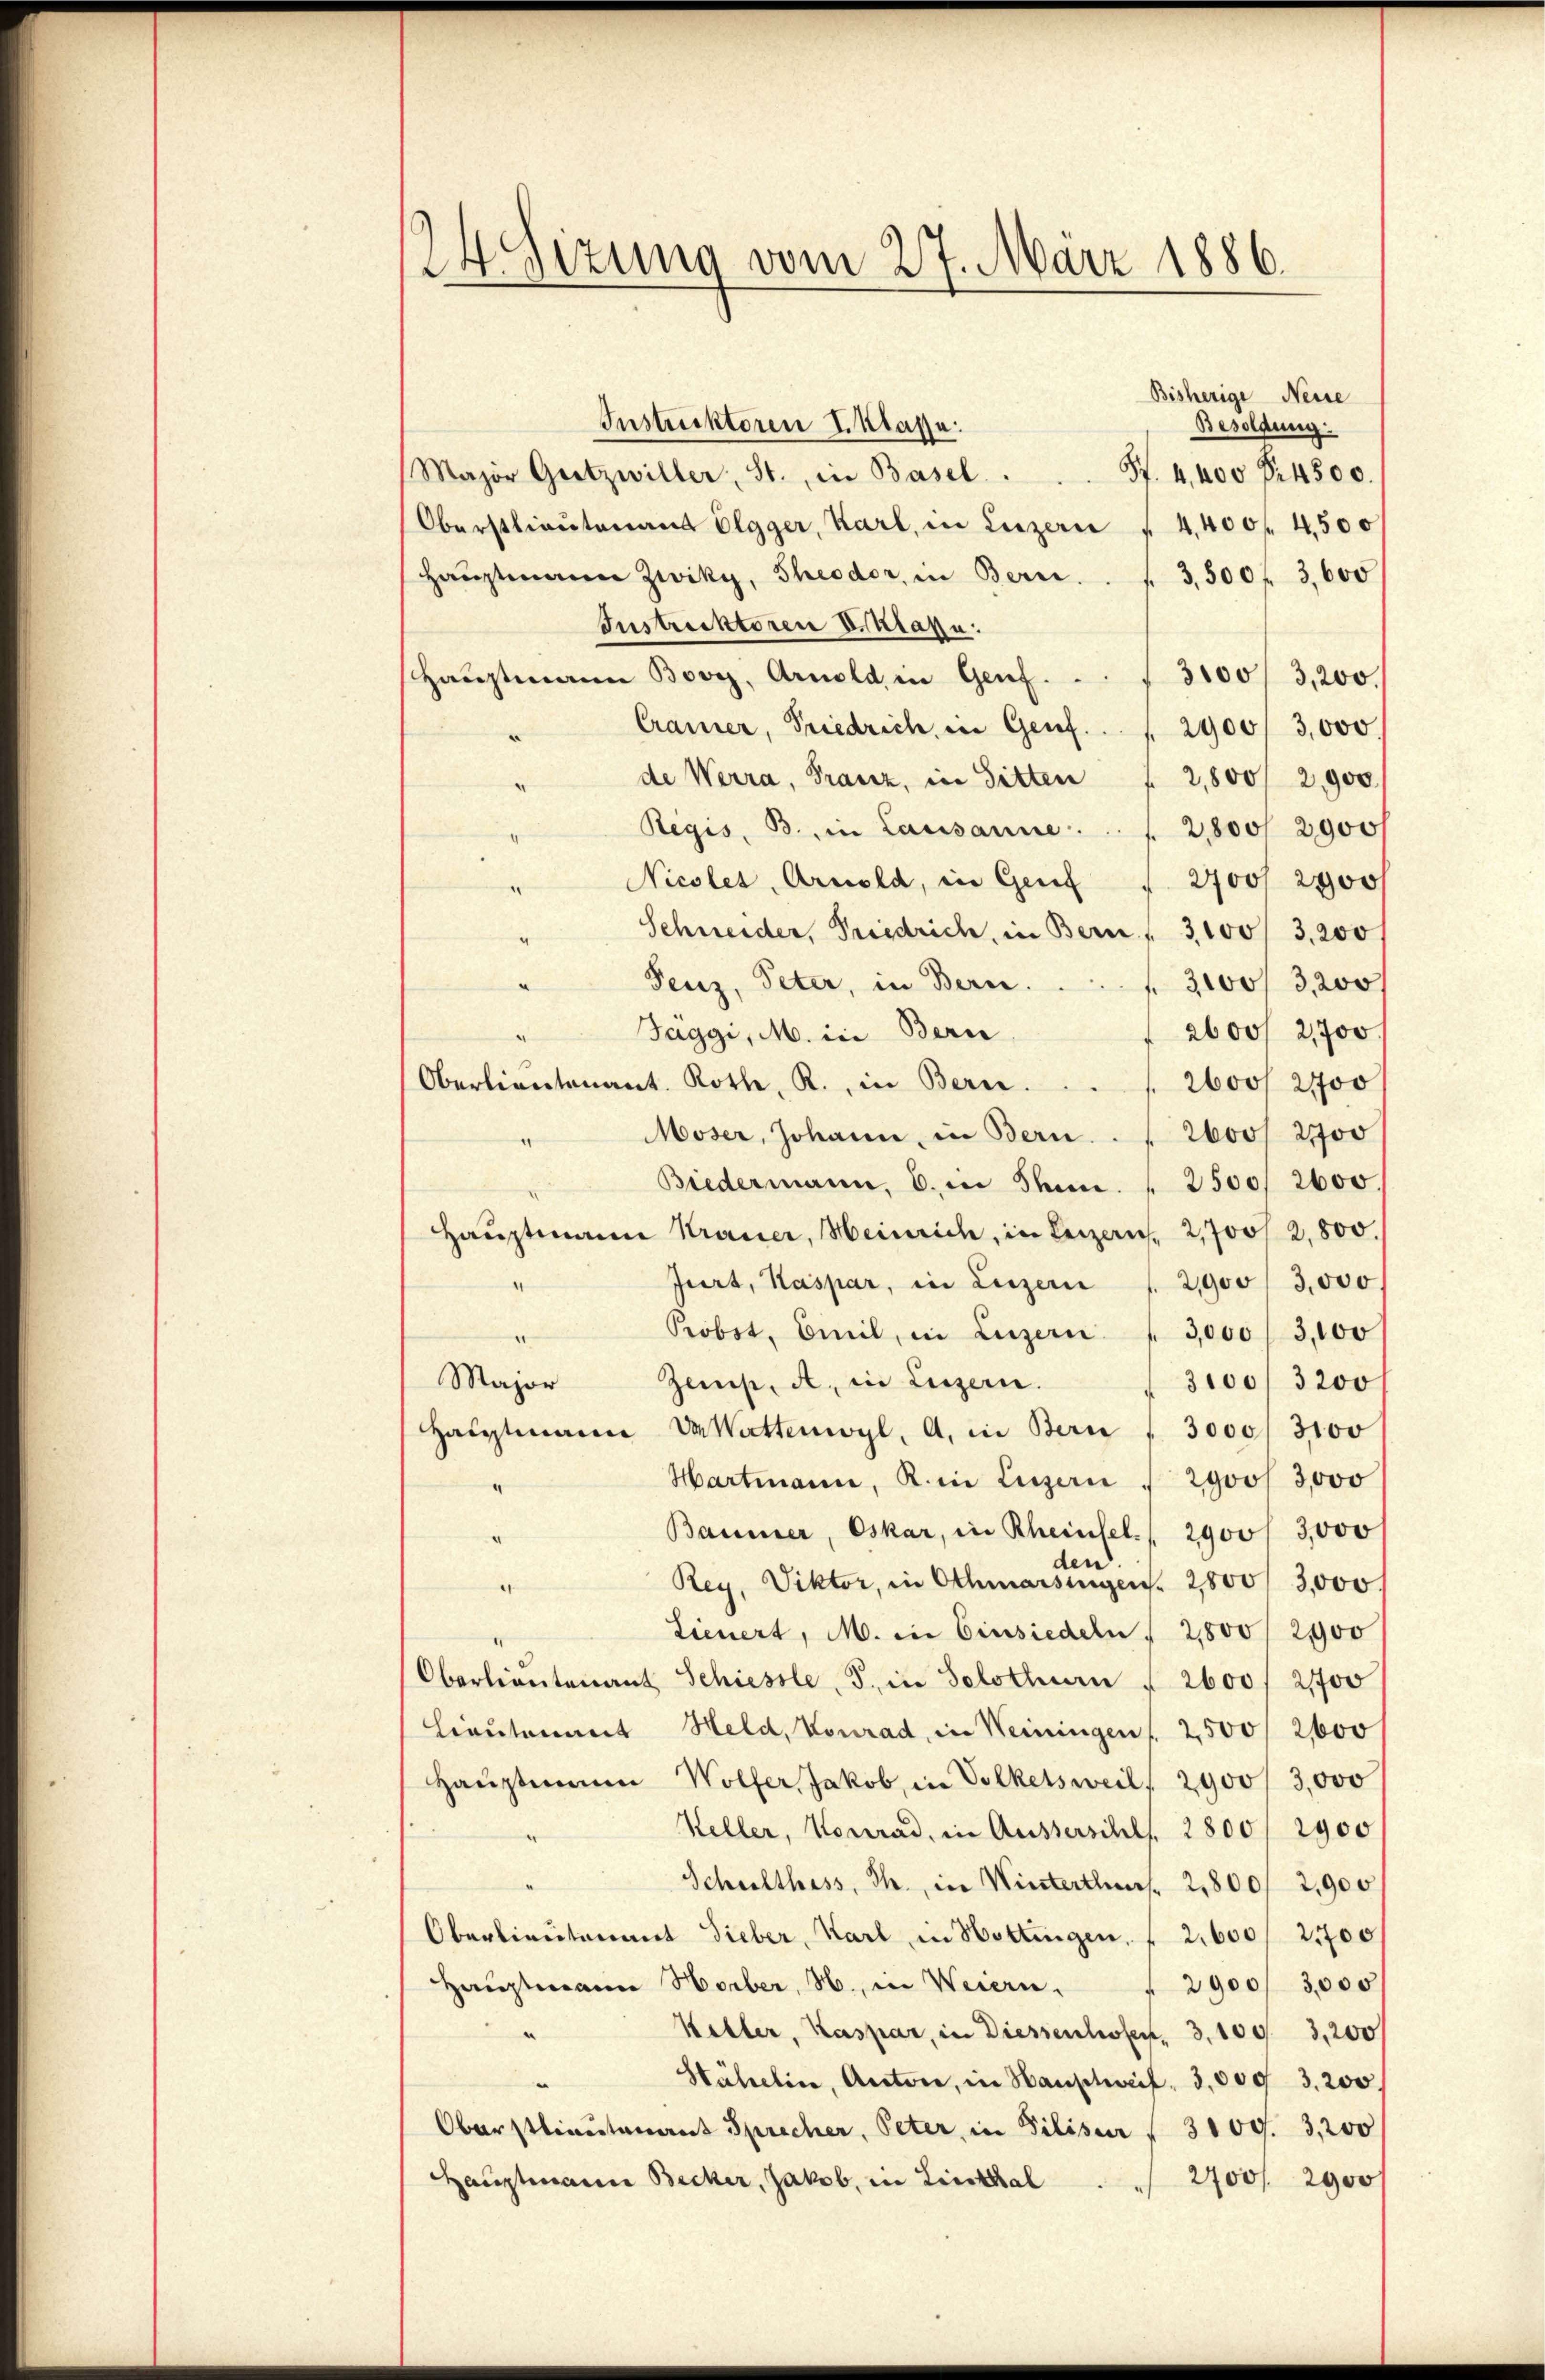
24. Sizung vom 27. März 1886.

Bisherige Neise
Instruktoren I. Klasse:
Besoldung:
S. 4. 400 Fr. 4500.
Major Gretzwiller, St., in Basel.
Oberstlieutenaus Elgger, Karl, in Luzern (4,400 f 4500
Haŭptmann Zwiky, Theodor, in Bern . . . 3500 f 3,600
Instrecktoren Eiklasse:
Hauptmann Boviz, Arnold in Genf.  .. . 3100/ 3,200.
Cramer, Friedrich in Genf. . . 2900/ 3,000
de Werra, Franz, in Sitten f 2,800/2,900
Regis, B. in Lausanne. . . 2800/ 2900/
2700 f 2000
Nicolet, Arnold, in Genf
e
Schneider, Friedrich, in Bern, 3100/ 3,200
Fenz, Peter, in Bern.
3100/3,200
2600 2,700.
Taggi, M. in Bern
Oberlieutenant. Roth, R. in Bern.
2600 f 2100
Moser, Johann in Bern. . . 2600/ 2700
Biedermann, b. in Thun. " 2500, 2600.
Haŭptmann Krauer, Heinrich, in Beizern, 2,700/2,800.
Jurt, Kaspar, in Luzern f. 2900/ 3,000.
4
Probst, Emil in Luzern  3,000 f 3,100
Major
Zemp, a. in Luzern.
3100/ 3200
Hauptmann Wattenwyl, a. in Bern " 3000/ 3100
Hartmann, K. in Luzern " 2900f 3,000
“
Baumer, Oskar, in Rheinfel. 2900/ 3,000
d
Rey, Viktor, in Othmarsingen. 2800/ 3,000
Lieuert, M. in Einsiedeln " 2,800 / 200
Oberlieutenant Schiessle, S. in Solothurn § 2600 f 21700
Lieutenant Held, Konrad, in Weiningen 2500 f 2600
Haŭptmann Wolfer Jakob, in Volketsweil, 2900/ 3,000
Weller, Konrad, in Ausserschl 2800 / 2900
Schulthess, Th. in Winterthums 2,800/ 2,900
Oberlieutenant Sieber, Karl in Hottingen. ( 2,600/ 2,700
Hauptmann Horber, H., in Weiern.
2900/ 3,000
Keller, Kaspar, in Diessenhofen, 31093,200
.
Htähelin, Actore, in Hauptweil 3,000 3,200
Oberstlieutenant Sprecher, Peter, in Pilisir / 3100. 3,200
Hauptmann Becker, Jakob, in Linthal
2700/ 2900